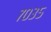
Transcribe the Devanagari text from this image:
७०३५